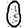
Digit: 0